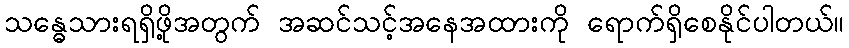
သန္ဓေသားရရှိဖို့အတွက် အဆင်သင့်အနေအထားကို ရောက်ရှိစေနိုင်ပါတယ်။